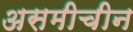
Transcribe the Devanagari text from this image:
असमीचीन